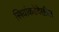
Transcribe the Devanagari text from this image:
स्त्रियांकडेदेखील